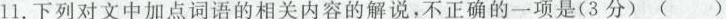
11.下列对文中加点词语的相关内容的解说，不正确的一项是(3分)( )